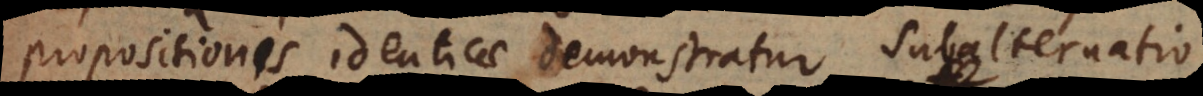
propositionis identicae demonstratur subalternatio,